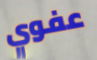
عفوي